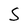
Character: S